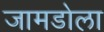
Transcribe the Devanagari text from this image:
जामडोला